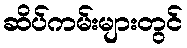
ဆိပ်ကမ်းများတွင်